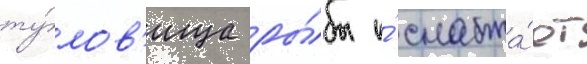
ту́лов'ища ры́бы и́ снабжа́ет